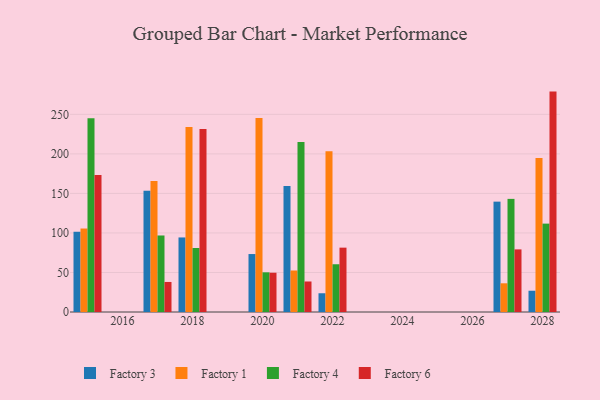
{"axis": {"x": "Year", "y": "Population (Million)"}, "legend": ["Factory 1", "Factory 3", "Factory 4", "Factory 6"], "data": [{"x": "2027", "y": 139.6, "type": "Factory 3"}, {"x": "2027", "y": 36.3, "type": "Factory 1"}, {"x": "2027", "y": 143.1, "type": "Factory 4"}, {"x": "2027", "y": 79.2, "type": "Factory 6"}, {"x": "2028", "y": 26.9, "type": "Factory 3"}, {"x": "2028", "y": 194.9, "type": "Factory 1"}, {"x": "2028", "y": 111.8, "type": "Factory 4"}, {"x": "2028", "y": 278.8, "type": "Factory 6"}, {"x": "2018", "y": 94.3, "type": "Factory 3"}, {"x": "2018", "y": 234.1, "type": "Factory 1"}, {"x": "2018", "y": 81.0, "type": "Factory 4"}, {"x": "2018", "y": 231.6, "type": "Factory 6"}, {"x": "2022", "y": 23.7, "type": "Factory 3"}, {"x": "2022", "y": 203.5, "type": "Factory 1"}, {"x": "2022", "y": 60.4, "type": "Factory 4"}, {"x": "2022", "y": 81.4, "type": "Factory 6"}, {"x": "2017", "y": 153.4, "type": "Factory 3"}, {"x": "2017", "y": 165.7, "type": "Factory 1"}, {"x": "2017", "y": 96.8, "type": "Factory 4"}, {"x": "2017", "y": 38.0, "type": "Factory 6"}, {"x": "2015", "y": 101.5, "type": "Factory 3"}, {"x": "2015", "y": 105.6, "type": "Factory 1"}, {"x": "2015", "y": 245.2, "type": "Factory 4"}, {"x": "2015", "y": 173.4, "type": "Factory 6"}, {"x": "2021", "y": 159.4, "type": "Factory 3"}, {"x": "2021", "y": 52.5, "type": "Factory 1"}, {"x": "2021", "y": 215.0, "type": "Factory 4"}, {"x": "2021", "y": 38.6, "type": "Factory 6"}, {"x": "2020", "y": 73.3, "type": "Factory 3"}, {"x": "2020", "y": 245.5, "type": "Factory 1"}, {"x": "2020", "y": 50.2, "type": "Factory 4"}, {"x": "2020", "y": 49.7, "type": "Factory 6"}]}